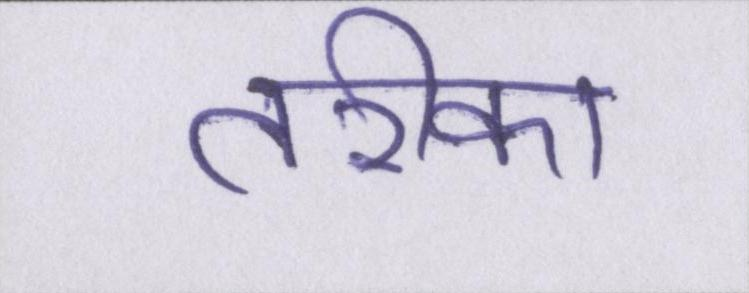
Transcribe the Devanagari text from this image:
तरीका